Annual administration report of the Civil Veterinary Department of India - 1894-1895
Year: 1894
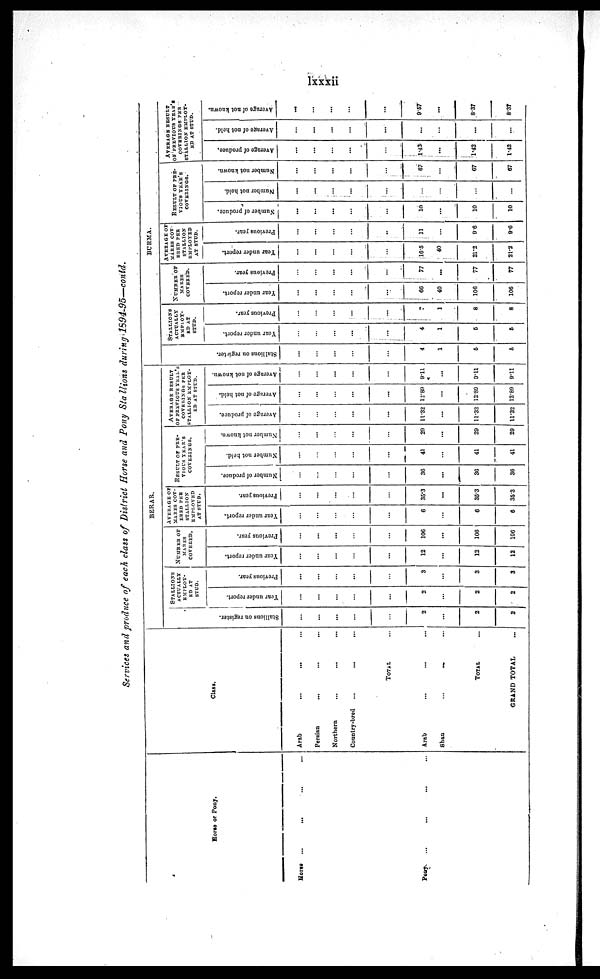
lxxxii
Services and produce of each class of District Horse and Pony Sta llions during 1594-95—conid.
Horse or Pony.
Horse
...
...
...
...
Pony
...
...
Class.
Arab
...
... ...
Persian
...
...
...
Northern
...
...
...
Country-bred
...
...
...
TOTAL ...
Arab
...
... ...
Shan
...
... ...
TOTAL
...
GRAND TOTAL
...
BERAR.
Stallions on register.
...
...
...
...
...
2
...
2
2
STALLIONS
ACTUALLY
EMPLOY-
ED AT
STUD.
Year under report.
...
...
...
...
...
2
...
2
2
Previous year.
...
...
...
...
...
3
...
3
3
NUMBER OF
MARES
COVERED.
Year under report.
...
...
...
...
...
12
...
12
12
Previous year.
...
...
...
...
...
106
...
106
106
AVERAGE OF
MARES COV-
ERED PER
STALLION
EMPLOYED
AT STUD.
Year under report.
...
...
...
...
...
6
...
6
6
Previous year.
...
...
...
...
...
35.3
...
35.3
35.3
RESULT OF PRE-
----- YEAR'S
COVERINGS.
Number of produce.
...
...
...
...
...
36
...
36
36
Number not held.
...
...
...
...
...
41
...
41
41
Number not known.
...
...
...
...
...
29
...
29
29
AVERAGE RESULT
OF PREVIOUS YEAR'S
COVERINGS PER
STALLION EMPLOY¬
ED AT STUD.
Average of produce.
...
...
...
...
...
11.32
...
11.32
11.32
Average of not held.
...
...
...
...
...
12.89
...
12.89
12.89
Average of not known.
...
...
...
...
...
9.11
...
9.11
9.11
BURMA.
Stallions on register.
...
...
...
...
...
4
1
5
5
STALLIONS
ACTUALLY
EMPLOY¬
ED AT
STUD.
Year under report.
...
...
...
...
...
4
1
5
5
Precious year.
...
...
...
...
...
7
1
8
8
NUMBER OF
MARES
COVERED.
Year under report.
...
...
...
...
...
66
40
106
106
Previous year.
...
...
...
...
...
77
...
77
77
AVERAGE OF
MARES COV-
ERED PER
STALLION
EMPLOYED
AT STUD.
Year under report.
...
...
...
...
...
16.5
40
21.2
21.2
Previous year.
...
...
...
...
...
11
...
9.6
9.6
RESULT OF PRE¬
VIOUS YEAR'S
COVERINGS.
Number of produce.
...
...
...
...
...
10
...
10
10
Number not held.
...
...
...
...
...
...
...
...
...
Number not known.
...
...
...
...
...
67
...
67
67
AVERAGE RESULT
OF PREVIOUS YEAR'S
COVERINGS PER
STALLION EMPLOY¬
ED AT STUD.
Average of produce.
...
...
...
...
...
1.43
...
1.42
1.42
Average of not held.
...
...
...
...
...
...
...
...
...
Average of not known.
...
...
...
...
...
9.57
...
8.37
8.37